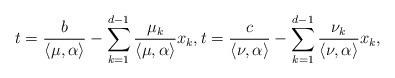
LaTeX: \begin{align*}t = \frac{b}{\langle \mu, \alpha \rangle} - \sum_{k=1}^{d-1} \frac{\mu_k}{\langle \mu, \alpha \rangle} x_k , t= \frac{c}{\langle \nu, \alpha \rangle} - \sum_{k=1}^{d-1} \frac{\nu_k}{\langle \nu, \alpha \rangle} x_k,\end{align*}